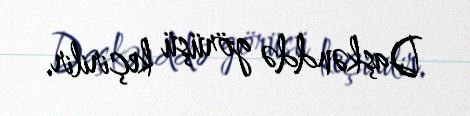
Daşkənddə görüşü keçirilir.